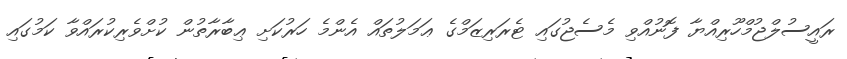
ރައީސުލްޖުމްހޫރިއްޔާ ފޮނުއްވި މެސެޖުގައި ޓެރަރިޒަމްގެ ޢަމަލުތައް އެންމެ ހަރުކަށި ޢިބާރާތުން ކުށްވެރިކުރައްވާ ކަމުގައި